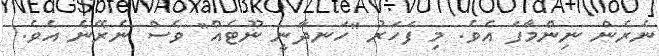
ނެރެން ނިންމާފަ އެވެ. މި ފަހަރު "ހަނދާނީ ނޫޓެއް" ވެސް ނެރޭނެ އެވެ.